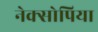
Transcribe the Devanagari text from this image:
नेक्सोपिया